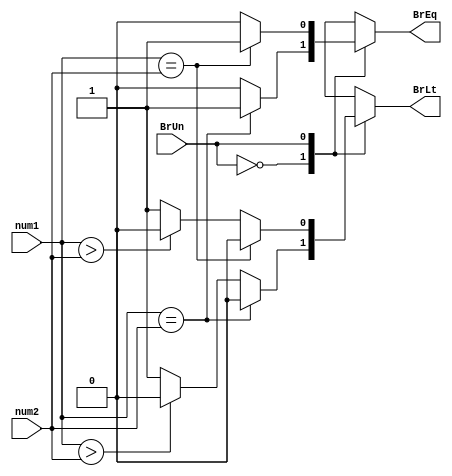
module BrCompare(num1,num2,BrUn,BrEq,BrLt);
parameter DATA_LENGTH = 32;
input [DATA_LENGTH - 1:0] num1, num2;
input BrUn;
output reg BrEq,BrLt;

always @(num1 or num2 or BrUn)
begin
	case (BrUn)
		1'b0:
		begin
			if ($signed(num1) == $signed(num2))
				{BrEq,BrLt} = 2'b10;
			else if ($signed(num1) > $signed(num2)) 
				{BrEq,BrLt} = 2'b00;
			else
				{BrEq,BrLt} = 2'b01;
		end
		
		1'b1:
		begin
			if (num1 == num2)
				{BrEq,BrLt} = 2'b10;
			else if (num1 > num2) 
				{BrEq,BrLt} = 2'b00;
			else
				{BrEq,BrLt} = 2'b01;
		end
	endcase
end 

endmodule